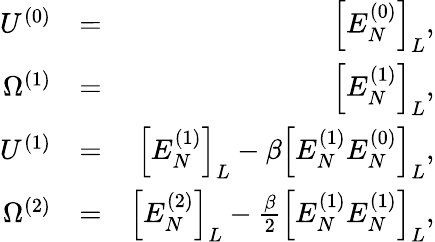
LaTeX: \begin{array}{rlr}{U^{(0)}}&{=}&{\Big[E_{N}^{(0)}\Big]_{L},}\\ {\Omega^{(1)}}&{=}&{\Big[E_{N}^{(1)}\Big]_{L},}\\ {U^{(1)}}&{=}&{\Big[E_{N}^{(1)}\Big]_{L}-\beta\Big[E_{N}^{(1)}E_{N}^{(0)}\Big]_{L},}\\ {\Omega^{(2)}}&{=}&{\Big[E_{N}^{(2)}\Big]_{L}-\frac{\beta}{2}\Big[E_{N}^{(1)}E_{N}^{(1)}\Big]_{L},}\end{array}